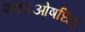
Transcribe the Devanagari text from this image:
पयऽओषधिषु